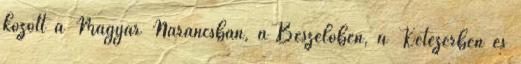
között a Magyar Narancsban, a Beszélőben, a Kétezerben és